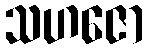
သဟဇော